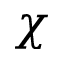
\chi